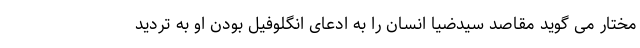
مختار می گوید مقاصد سیدضیا انسان را به ادعای انگلوفیل بودن او به تردید